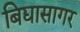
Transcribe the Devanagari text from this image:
बिद्यासागर